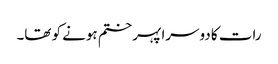
رات کا دوسرا پہر ختم ہونے کو تھا۔